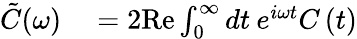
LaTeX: \begin{array}{rl}{\tilde{C}(\omega)}&{{}=2\mathrm{Re}\int_{0}^{\infty}dt\: e^{i\omega t}C\left(t\right)}\end{array}